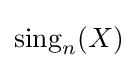
\mathrm {sing} _{n}^{}(X)